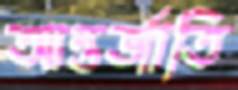
আন্তর্জাতি